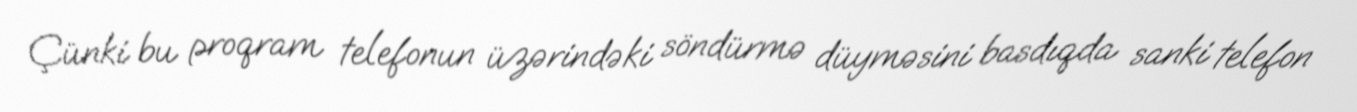
Çünki bu proqram telefonun üzərindəki söndürmə düyməsini basdıqda sanki telefon